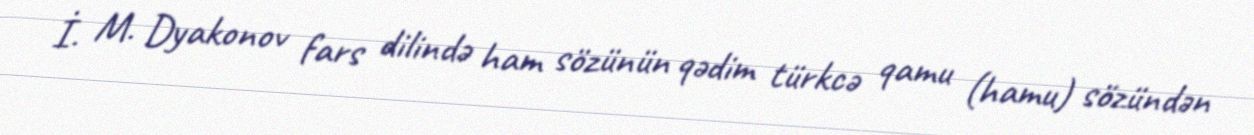
İ. M. Dyakonov fars dilində ham sözünün qədim türkcə qamu (hamu) sözündən